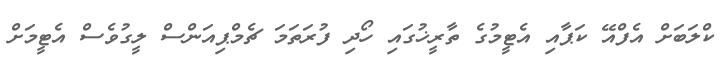
ކްލަބަށް އެފްއޭ ކަޕާއި އެޓީމުގެ ތާރީޚުގައި ހޯދި ފުރަތަމަ ޗެމްޕިއަންސް ލީގުވެސް އެޓީމަށް